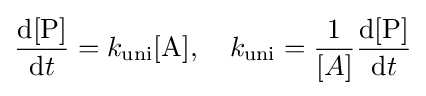
{\frac {\mathrm {d} [{\ce {P}}]}{\mathrm {d} t}}=k_{\rm {uni}}[{\ce {A}}],\quad k_{\rm {uni}}={\frac {1}{[A]}}{\frac {\mathrm {d[P]} }{\mathrm {d} t}}